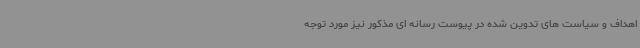
اهداف و سیاست های تدوین شده در پیوست رسانه ای مذکور نیز مورد توجه